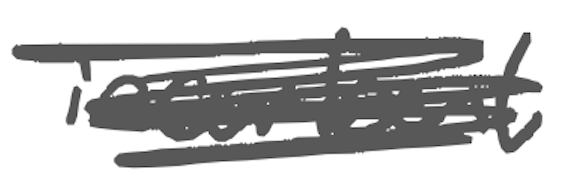
Text: incumbent
Cross-out: scratch
Writing tool: digital_gray